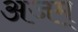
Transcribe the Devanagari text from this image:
अजम्